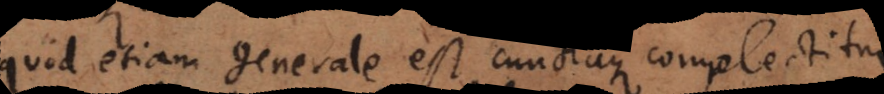
quod etiam generale est, cunctaque complectitur